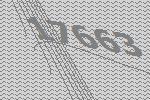
17663